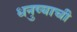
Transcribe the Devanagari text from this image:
धनुष्याची